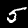
Label: 5